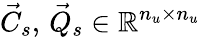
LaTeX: \vec{C}_{s},\, \vec{Q}_{s}\in\mathbb R^{n_{u}\times n_{u}}